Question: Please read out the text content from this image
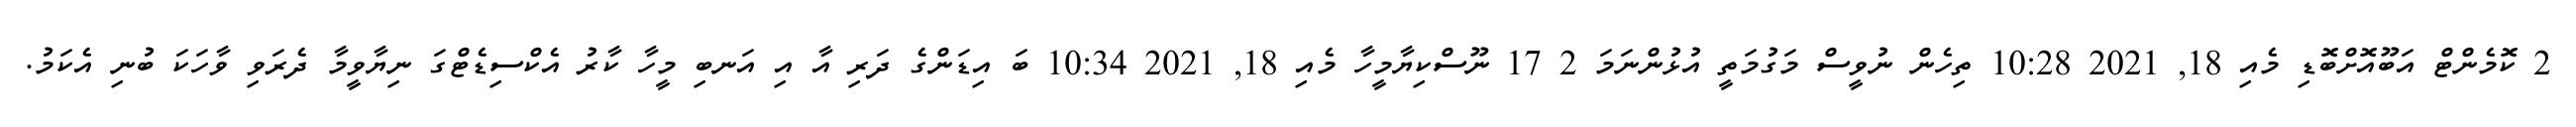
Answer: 2 ކޮމެންޓް އަބޫއޮށްބޮޑި މެއި 18, 2021 10:28 ތިހެން ނުވީސް މަގުމަތީ އުޅުންނަމަ 2 17 ނޫސްކިޔާމީހާ މެއި 18, 2021 10:34 ބަ އިޑަންގެ ދަރި އާ އި އަނބި މީހާ ކާރު އެކްސިޑެޓްގަ ނިޔާވީމާ ދެރަވި ވާހަކަ ބުނި އެކަމު.